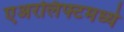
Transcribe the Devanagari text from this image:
एअरलिफ्टमध्ये